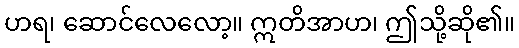
ဟရ၊ ဆောင်လေလော့။ ဣတိအာဟ၊ ဤသို့ဆို၏။